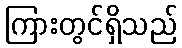
ကြားတွင်ရှိသည်